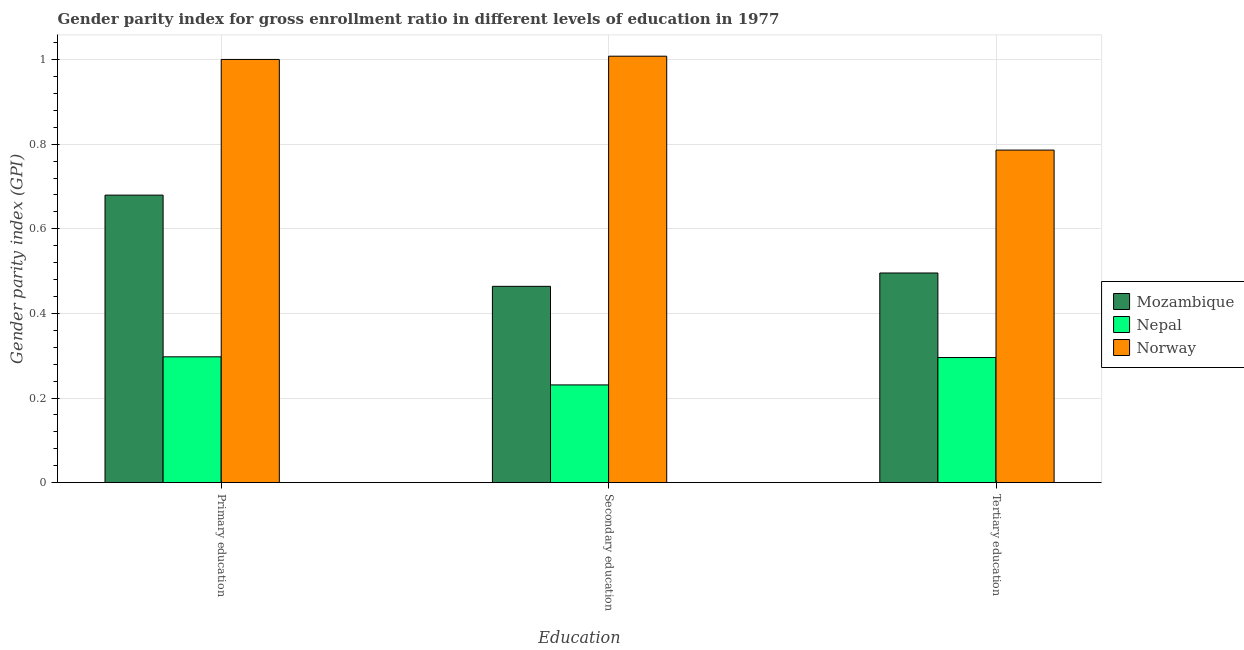
| Education | Mozambique | Nepal | Norway |
 | --- | --- | --- | --- |
 | Primary education | 0.68 | 0.297 | 1 |
 | Secondary education | 0.464 | 0.231 | 1.01 |
 | Tertiary education | 0.496 | 0.296 | 0.786 |